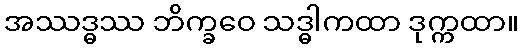
အဿဒ္ဓဿ ဘိက္ခဝေ သဒ္ဓါကထာ ဒုက္ကထာ။